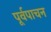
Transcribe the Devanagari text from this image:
पूर्वपाचन